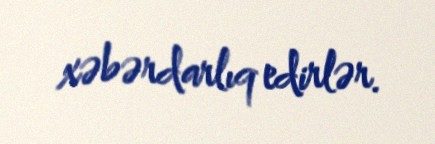
xəbərdarlıq edirlər.